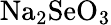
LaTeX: \mathrm{Na_{2}SeO_{3}}